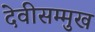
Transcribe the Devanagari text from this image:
देवीसम्मुख